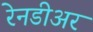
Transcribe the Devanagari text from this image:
रेनडीअर